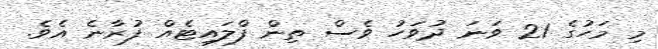
މި މަހުގެ 21 ވަނަ ދުވަހު ވެސް ތިން ފްލައިޓެއް ފުރާނެ އެވެ.